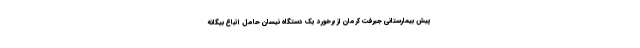
پیش بیمارستانی جیرفت کرمان از برخورد یک دستگاه نیسان حامل اتباع بیگانه